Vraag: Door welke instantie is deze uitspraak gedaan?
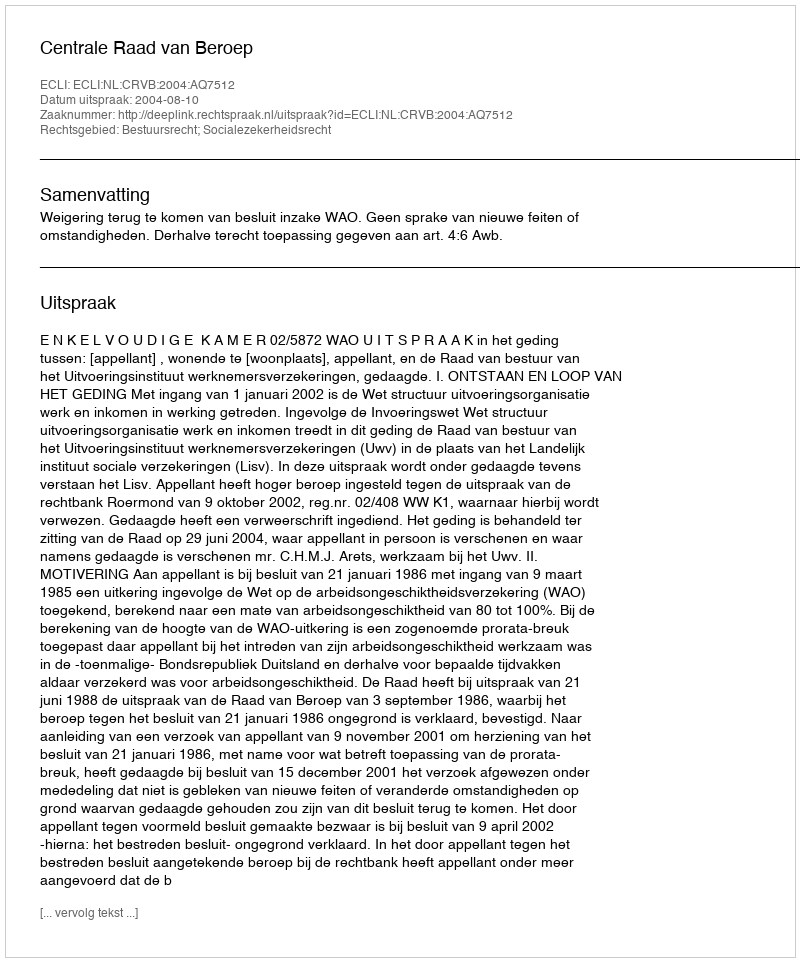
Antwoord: Centrale Raad van Beroep